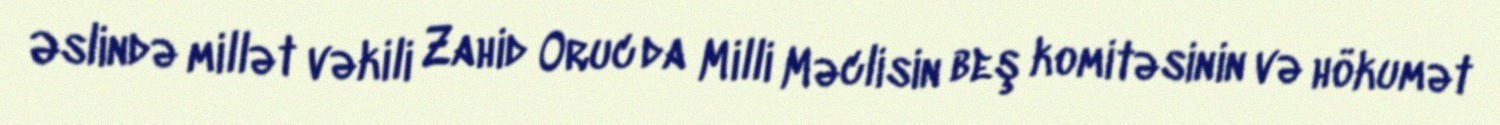
Əslində millət vəkili Zahid Oruc da Milli Məclisin beş komitəsinin və hökumət